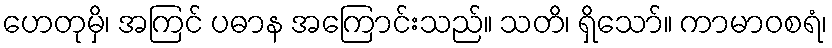
ဟေတုမှိ၊ အကြင် ပဓာန အကြောင်းသည်။ သတိ၊ ရှိသော်။ ကာမာဝစရံ၊